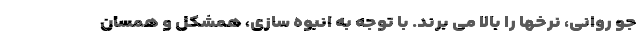
جو روانی، نرخها را بالا می برند. با توجه به انبوه سازی، همشکل و همسان